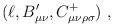
LaTeX: \begin{align*}(\ell, B'_{\mu\nu}, C^+_{\mu\nu\rho\sigma})\ ,\end{align*}